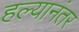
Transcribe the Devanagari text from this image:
हल्यानंतर